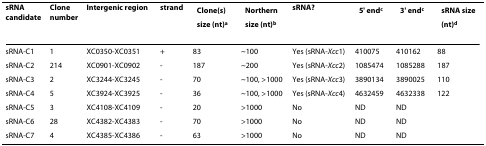
<table><thead><tr><td><b>sRNA candidate</b></td><td><b>Clone number</b></td><td><b>Intergenic region</b></td><td><b>strand</b></td><td><b>Clone(s) size (nt)<sup>a</sup></b></td><td><b>Northern size (nt)<sup>b</sup></b></td><td><b>sRNA?</b></td><td><b>5&#x27; end<sup>c</sup></b></td><td><b>3&#x27; end<sup>c</sup></b></td><td><b>sRNA size (nt)<sup>d</sup></b></td></tr></thead><tbody><tr><td>sRNA-C1</td><td>1</td><td>XC0350-XC0351</td><td>+</td><td>83</td><td>~100</td><td>Yes (sRNA-<i>Xcc</i>1)</td><td>410075</td><td>410162</td><td>88</td></tr><tr><td>sRNA-C2</td><td>214</td><td>XC0901-XC0902</td><td>-</td><td>187</td><td>~200</td><td>Yes (sRNA-<i>Xcc</i>2)</td><td>1085474</td><td>1085288</td><td>187</td></tr><tr><td>sRNA-C3</td><td>2</td><td>XC3244-XC3245</td><td>-</td><td>70</td><td>~100, &gt;1000</td><td>Yes (sRNA-<i>Xcc</i>3)</td><td>3890134</td><td>3890025</td><td>110</td></tr><tr><td>sRNA-C4</td><td>5</td><td>XC3924-XC3925</td><td>-</td><td>36</td><td>~100, &gt;1000</td><td>Yes (sRNA-<i>Xcc</i>4)</td><td>4632459</td><td>4632338</td><td>122</td></tr><tr><td>sRNA-C5</td><td>3</td><td>XC4108-XC4109</td><td>-</td><td>20</td><td>&gt;1000</td><td>No</td><td>ND</td><td>ND</td><td></td></tr><tr><td>sRNA-C6</td><td>28</td><td>XC4382-XC4383</td><td>-</td><td>70</td><td>&gt;1000</td><td>No</td><td>ND</td><td>ND</td><td></td></tr><tr><td>sRNA-C7</td><td>4</td><td>XC4385-XC4386</td><td>-</td><td>63</td><td>&gt;1000</td><td>No</td><td>ND</td><td>ND</td><td></td></tr></tbody></table>